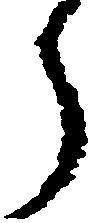
郎